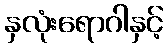
နှလုံးရောဂါနှင့်